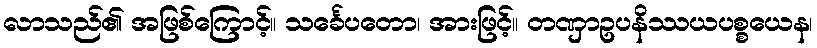
လာသည်၏ အဖြစ်ကြောင့်။ သင်္ခေပတော၊ အားဖြင့်။ တဏှာဥပနိဿယပစ္စယေန၊